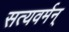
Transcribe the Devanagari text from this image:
सत्यवर्मन्